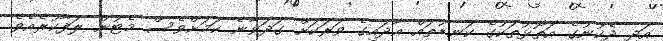
އަދި ދެކުނުގެ އަތޮޅުތަކުގެ ކަނޑުތައް އާދައިގެ ވަރަކަށް ގަދަވާނެ ކަމަށްވެސް މެޓުން ލަފާކުރެއެވެ.